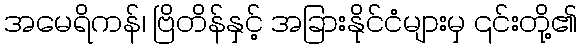
အမေရိကန်၊ ဗြိတိန်နှင့် အခြားနိုင်ငံများမှ ၎င်းတို့၏